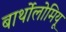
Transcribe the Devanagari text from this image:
बार्थोलोमियू